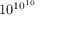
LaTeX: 1 0 ^ { 1 0 ^ { 1 0 } }